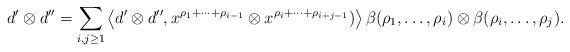
LaTeX: \begin{align*}d' \otimes d'' = \sum_{i,j \geq 1} \left\langle d' \otimes d'' , x^{\rho_1 + \cdots + \rho_{i-1}} \otimes x^{\rho_i + \cdots + \rho_{i+j-1}}) \right\rangle \beta(\rho_1 , \dots , \rho_i) \otimes \beta(\rho_i , \dots , \rho_j).\end{align*}